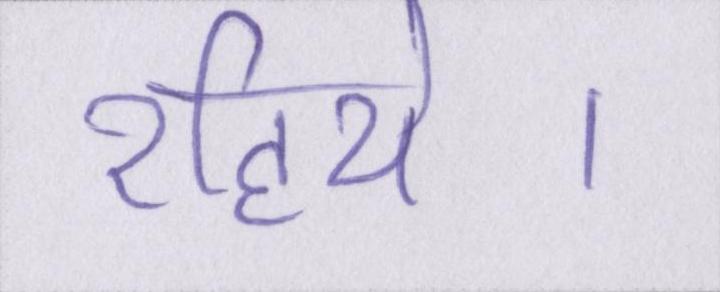
रहिये।